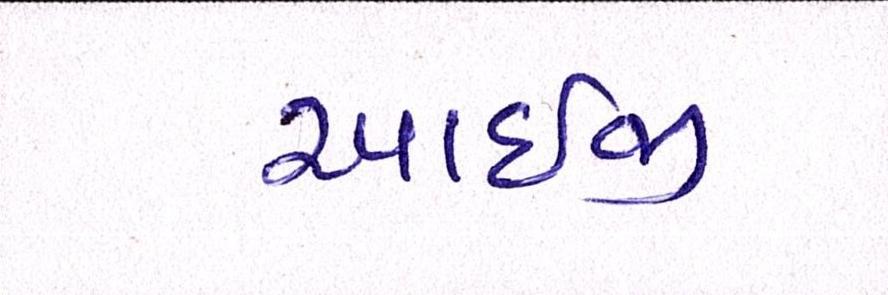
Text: આઇજી